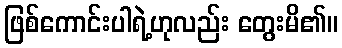
ဖြစ်ကောင်းပါရဲ့ဟုလည်း တွေးမိ၏။